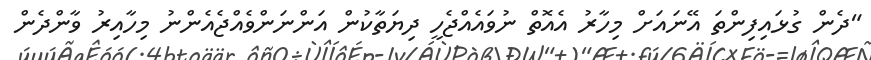
"ދެން ގުޅައިފިންތަ އޭނައަށް މިހާރު އެއޮތް ނުވައެއްޖެހީ ދިޔަތާކުން އަންނަންވެއްޖެއެންނު މިހާއިރު ވާންދެން